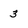
Character: 3